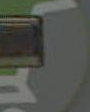
5